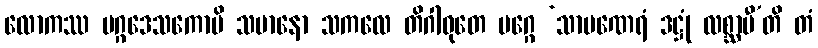
လောကဿ မဂ္ဂဒေသကောပိ သမာနော သကလေ တိဂါဝုတေ မဂ္ဂေ ‘သာမဏေရံ ဒဋ္ဌုံ လစ္ဆာမီ’တိ တံ